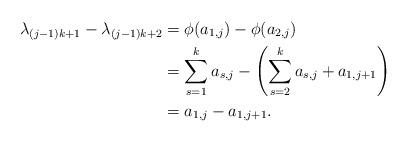
LaTeX: \begin{align*}\lambda_{(j-1)k+1}-\lambda_{(j-1)k+2}&=\phi(a_{1,j})-\phi(a_{2,j})\\&=\sum\limits_{s=1}^ka_{s,j}-\left(\sum\limits_{s=2}^ka_{s,j}+a_{1,j+1}\right)\\&=a_{1,j}-a_{1,j+1}.\end{align*}